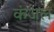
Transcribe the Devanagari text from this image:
कंजल